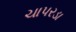
ચાપરડા